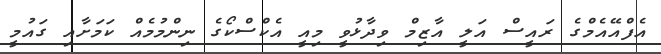
އެފްއޭއެމްގެ ރައީސް އަލީ އާޒިމް ވިދާޅުވީ މިއީ އެކްސްކޯގެ ނިންމުމެއް ކަމަށާއި ގައުމީ